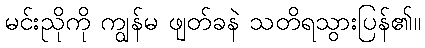
မင်းညိုကို ကျွန်မ ဖျတ်ခနဲ သတိရသွားပြန်၏။